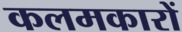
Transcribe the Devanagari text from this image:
कलमकारों